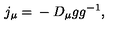
j _ { \mu } = \mathrm { } - D _ { \mu } g g ^ { - 1 } ,